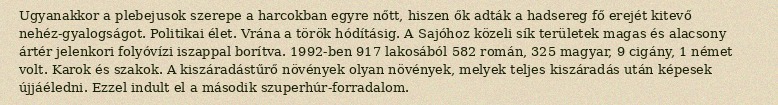
Ugyanakkor a plebejusok szerepe a harcokban egyre nőtt, hiszen ők adták a hadsereg fő erejét kitevő nehéz-gyalogságot. Politikai élet. Vrána a török hódításig. A Sajóhoz közeli sík területek magas és alacsony ártér jelenkori folyóvízi iszappal borítva. 1992-ben 917 lakosából 582 román, 325 magyar, 9 cigány, 1 német volt. Karok és szakok. A kiszáradástűrő növények olyan növények, melyek teljes kiszáradás után képesek újjáéledni. Ezzel indult el a második szuperhúr-forradalom.